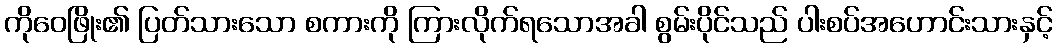
ကိုဝေဖြိုး၏ ပြတ်သားသော စကားကို ကြားလိုက်ရသောအခါ စွမ်းပိုင်သည် ပါးစပ်အဟောင်းသားနှင့်